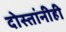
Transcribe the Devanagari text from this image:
दोस्तांनीही